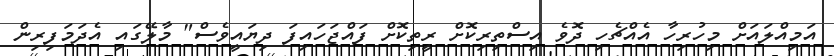
އަމިއްލައަށް މިހުރިހާ އެއްޗެހި ދޮވެ އިސްތިރިކޮށް ރީތިކޮށް ފައްޖަހައިފަ ދިޔައީވެސް" މާލޭގައި އެދަމަފިރިން